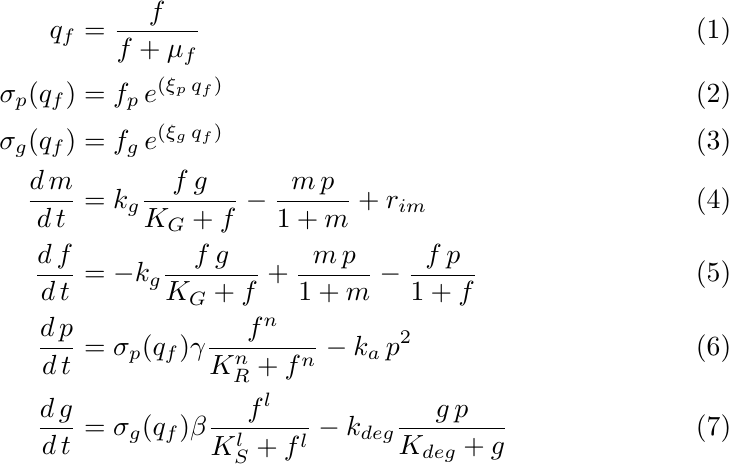
\begin{align}
 \label{berry:qf} q_f&=\frac{f}{f+\mu_f}\\
 \label{berry:sp} \sigma_p(q_f)&=f_p\,e^{\left(\xi_p\,q_f\right)}\\
 \label{berry:sg} \sigma_g(q_f)&=f_g\,e^{\left(\xi_g\,q_f\right)}\\
  \label{berry:m} \frac{d\,m}{d\,t}&=k_g \frac{f\,g}{K_G+f}-\frac{m\,p}{1+m}+r_{im}\\
 \label{berry:f} \frac{d\,f}{d\,t}&=-k_g \frac{f\,g}{K_G+f}+\frac{m\,p}{1+m}-\frac{f\,p}{1+f}\\
 \label{berry:pmod} \frac{d\,p}{d\,t}&=\sigma_p(q_f) \gamma \frac{f^n}{K^n_R + f^n}-k_a\,p^2\\
\label{berry:gmod} \frac{d\,g}{d\,t}&=\sigma_g(q_f) \beta \frac{f^l}{K^l_S + f^l}-k_{deg} \frac{g\,p}{K_{deg}+g}
\end{align}